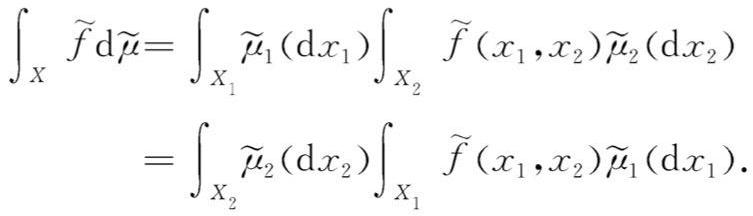
\[
\begin{align*}
\int_X \widetilde{f}\mathrm{d}\widetilde{\mu}&=\int_{X_1} \widetilde{\mu}_1(\mathrm{d}x_1)\int_{X_2} \widetilde{f}(x_1,x_2)\widetilde{\mu}_2(\mathrm{d}x_2)\\
&=\int_{X_2} \widetilde{\mu}_2(\mathrm{d}x_2)\int_{X_1} \widetilde{f}(x_1,x_2)\widetilde{\mu}_1(\mathrm{d}x_1).
\end{align*}
\]